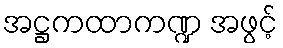
အဋ္ဌကထာကဏ္ဍ အဖွင့်